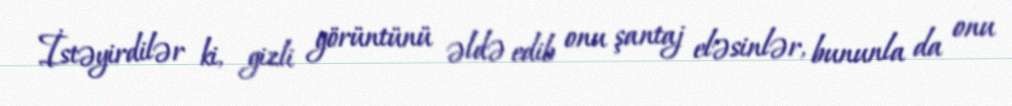
İstəyirdilər ki, gizli görüntünü əldə edib onu şantaj eləsinlər, bununla da onu